Civil Veterinary Department Bihar & Orissa reports 1929-36 - 1929-1936
Year: 1929
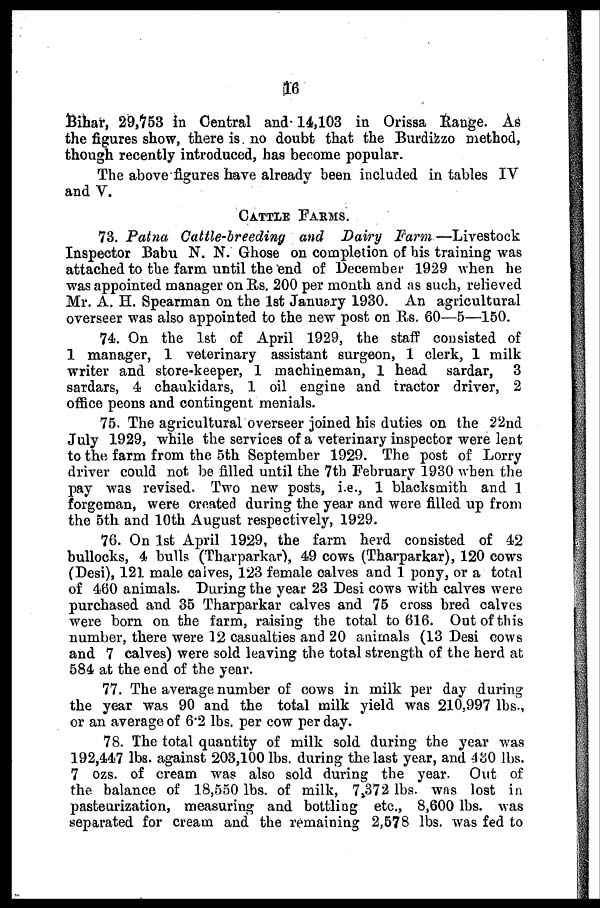
16
Bihar, 29,753 in Central and 14,103 in Orissa Range. As
the figures show, there is no doubt that the Burdizzo method,
though recently introduced, has become popular.
The above figures have already been included in tables IV
and V.
CATTLE FARMS.
73. Patna Cattle-breeding and Dairy
Farm.—Livestock
Inspector Babu N. N. Ghose on completion of his training was
attached to the farm until the end of December 1929 when he
was appointed manager on Rs. 200 per month and as such, relieved
Mr. A. H. Spearman on the 1st January 1930. An agricultural
overseer was also appointed to the new post on Rs. 60—5—150.
74. On the 1st of April 1929, the staff consisted of
1 manager, 1 veterinary assistant surgeon, 1 clerk, 1 milk
writer and store-keeper, 1 machineman, 1 head sardar, 3
sardars, 4 chaukidars, 1 oil engine and tractor driver, 2
office peons and contingent menials.
75. The agricultural overseer joined his duties on the 22nd
July 1929, while the services of a veterinary inspector were lent
to the farm from the 5th September 1929. The post of Lorry
driver could not be filled until the 7th February 1930 when the
pay was revised. Two new posts, i.e., 1 blacksmith and 1
forgeman, were created during the year and were filled up from
the 5th and 10th August respectively, 1929.
76. On 1st April 1929, the farm herd consisted of 42
bullocks, 4 bulls (Tharparkar), 49 cows (Tharparkar), 120 cows
(Desi), 121 male caives, 123 female calves and 1 pony, or a total
of 460 animals. During the year 23 Desi cows with calves were
purchased and 35 Tharparkar calves and 75 cross bred calves
were born on the farm, raising the total to 616. Out of this
number, there were 12 casualties and 20 animals (13 Desi cows
and 7 calves) were sold leaving the total strength of the herd at
584 at the end of the year.
77. The average number of cows in milk per day during
the year was 90 and the total milk yield was 210,997 lbs.,
or an average of 6 . 2 lbs. per cow per day.
78. The total quantity of milk sold during the year was
192,447 lbs. against 203,100 lbs. during the last year, and -130 lbs.
7 ozs. of cream was also sold during the year. Out of
the balance of 18,550 lbs. of milk, 7,372 lbs. was lost in
pasteurization, measuring and bottling etc., 8,600 lbs. was
separated for cream and the remaining 2,578 lbs. was fed to